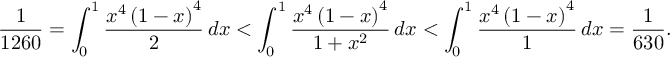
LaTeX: { \frac { 1 } { 1 2 6 0 } } = \int _ { 0 } ^ { 1 } { \frac { x ^ { 4 } \left( 1 - x \right) ^ { 4 } } { 2 } } \, d x < \int _ { 0 } ^ { 1 } { \frac { x ^ { 4 } \left( 1 - x \right) ^ { 4 } } { 1 + x ^ { 2 } } } \, d x < \int _ { 0 } ^ { 1 } { \frac { x ^ { 4 } \left( 1 - x \right) ^ { 4 } } { 1 } } \, d x = { \frac { 1 } { 6 3 0 } } .